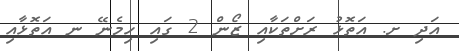
އަދި ށ. އަތޮޅު ރަށްތަކާއި ޒޯން 2 ގައި ހިމެނޭ ނ އަތޮޅާއި